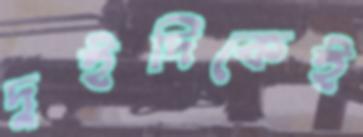
দুইদিকেই